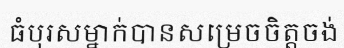
ធំបុរសម្នាក់បានសម្រេចចិត្តចង់